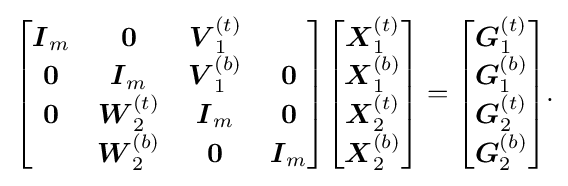
{\begin{bmatrix}{\boldsymbol {I}}_{m}&{\boldsymbol {0}}&{\boldsymbol {V}}_{1}^{(t)}\\{\boldsymbol {0}}&{\boldsymbol {I}}_{m}&{\boldsymbol {V}}_{1}^{(b)}&{\boldsymbol {0}}\\{\boldsymbol {0}}&{\boldsymbol {W}}_{2}^{(t)}&{\boldsymbol {I}}_{m}&{\boldsymbol {0}}\\&{\boldsymbol {W}}_{2}^{(b)}&{\boldsymbol {0}}&{\boldsymbol {I}}_{m}\end{bmatrix}}{\begin{bmatrix}{\boldsymbol {X}}_{1}^{(t)}\\{\boldsymbol {X}}_{1}^{(b)}\\{\boldsymbol {X}}_{2}^{(t)}\\{\boldsymbol {X}}_{2}^{(b)}\end{bmatrix}}={\begin{bmatrix}{\boldsymbol {G}}_{1}^{(t)}\\{\boldsymbol {G}}_{1}^{(b)}\\{\boldsymbol {G}}_{2}^{(t)}\\{\boldsymbol {G}}_{2}^{(b)}\end{bmatrix}}{\text{.}}